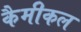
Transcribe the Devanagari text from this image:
कैमीकल